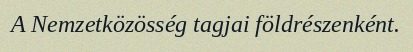
A Nemzetközösség tagjai földrészenként.